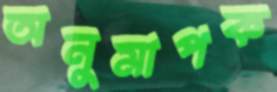
অনুমাপক